Vaccination in Bombay 1869-1873 - 1869-1873
Year: 1869
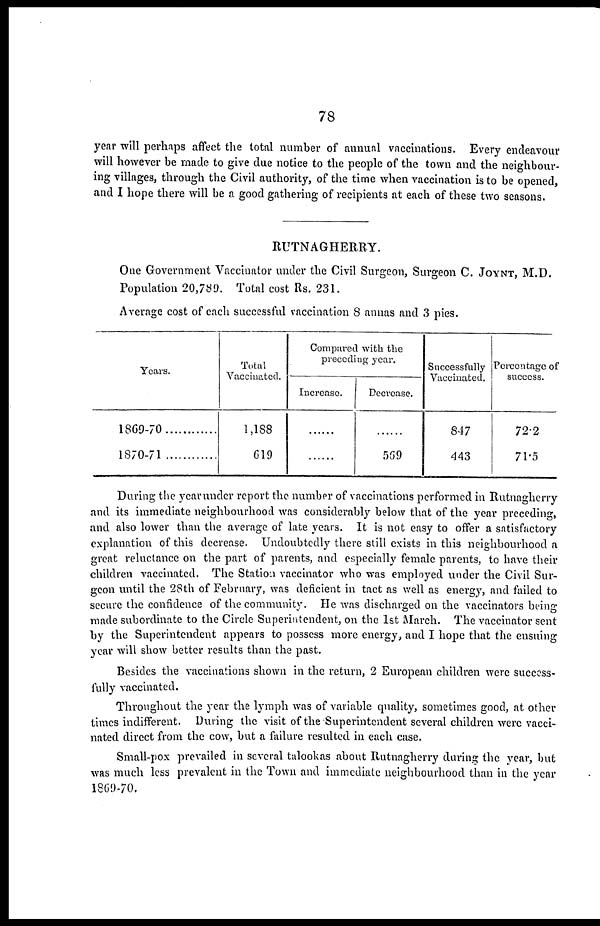
78
year will perhaps affect the total number of annual vaccinations. Every endeavour
will however be made to give due notice to the people of the town and the neighbour-
ing villages, through the Civil authority, of the time when vaccination is to be opened,
and I hope there will be a good gathering of recipients at each of these two seasons.
RUTNAGHERRY.
One Government Vaccinator under the Civil Surgeon, Surgeon C. JOYNT, M.D.
Population 20,789. Total cost Rs. 231.
Average cost of each successful vaccination 8 annas and 3 pies.
Years.
1869-70
1870-71
Total
Vaccinated.
1,188
619
Compared with the
preceding year.
Increase.
......
......
Decrease.
......
569
Successfully
Vaccinated.
847
443
Percentage of
success.
72.2
71.5
During the year under report the number of vaccinations performed in Rutnagherry
and its immediate neighbourhood was considerably below that of the year preceding,
and also lower than the average of late years. It is not easy to offer a satisfactory
explanation of this decrease. Undoubtedly there still exists in this neighbourhood a
great reluctance on the part of parents, and especially female parents, to have their
children vaccinated. The Station vaccinator who was employed under the Civil Sur-
geon until the 28th of February, was deficient in tact as well as energy, and failed to
secure the confidence of the community. He was discharged on the vaccinators being
made subordinate to the Circle Superintendent, on the 1st March. The vaccinator sent
by the Superintendent appears to possess more energy, and I hope that the ensuing
year will show better results than the past.
Besides the vaccinations shown in the return, 2 European children were success-
fully vaccinated.
Throughout the year the lymph was of variable quality, sometimes good, at other
times indifferent. During the visit of the Superintendent several children were vacci-
nated direct from the cow, but a failure resulted in each case.
Small-pox prevailed in several talookas about Rutnagherry during the year, but
was much less prevalent in the Town and immediate neighbourhood than in the year
1869-70.